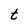
Character: t